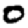
Digit: 0